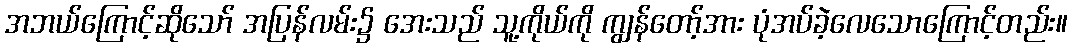
အဘယ်ကြောင့်ဆိုသော် အပြန်လမ်း၌ အေးသည် သူ့ကိုယ်ကို ကျွန်တော့်အား ပုံအပ်ခဲ့လေသောကြောင့်တည်း။